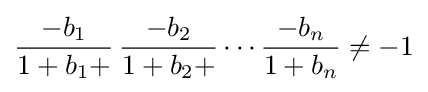
{\frac {-b_{1}}{1+b_{1}+}}\,{\frac {-b_{2}}{1+b_{2}+}}\cdots {\frac {-b_{n}}{1+b_{n}}}\neq -1